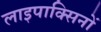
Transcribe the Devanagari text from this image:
लाइपाक्सिनों